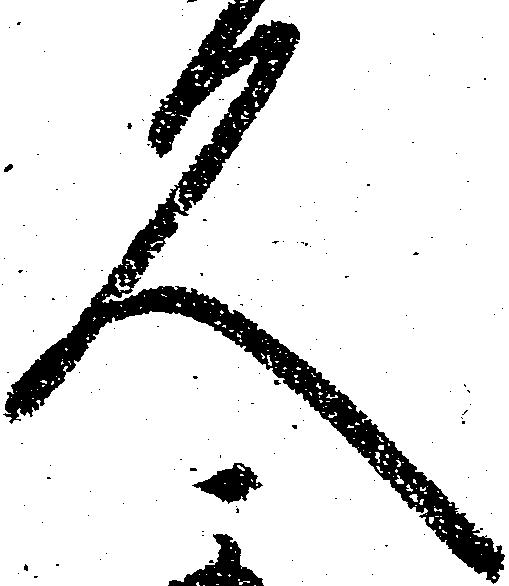
久